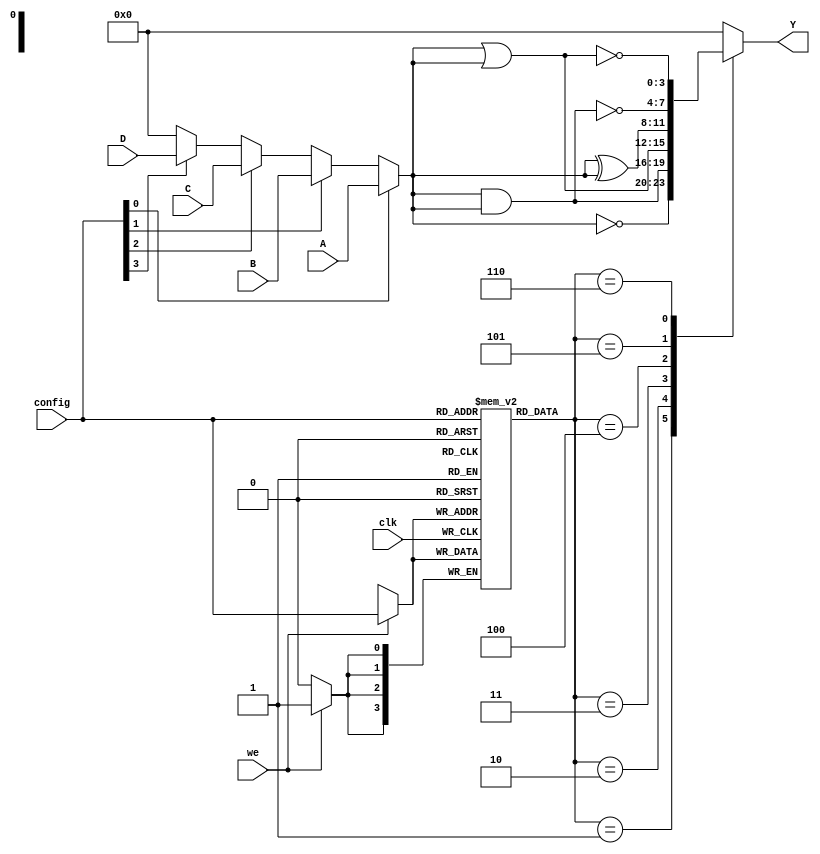
module CLB (
    input wire [3:0] A,        // 4-bit input
    input wire [3:0] B,        // 4-bit input
    input wire [3:0] C,        // 4-bit input
    input wire [3:0] D,        // 4-bit input
    input wire [3:0] config,   // Configuration bits for the logic function
    input wire clk,            // Clock for configuration
    input wire we,             // Write enable for configuration
    output reg [3:0] Y         // 4-bit output
);

// SRAM for configuration storage
reg [3:0] sram [0:15];       // 16 SRAM cells (for 4 inputs)

// MUX selection for inputs based on configuration
wire [3:0] mux_out;

// MUX implementation
assign mux_out = (config[0]) ? A :
                 (config[1]) ? B :
                 (config[2]) ? C :
                 (config[3]) ? D : 4'b0000; // Default case

// Logic function based on SRAM configuration
always @(*) begin
    case (sram[config[3:0]]) // Using the configuration bits as an address
        4'b0000: Y = 4'b0000; // Logic function: 0
        4'b0001: Y = ~mux_out; // Logic function: NOT
        4'b0010: Y = mux_out & mux_out; // Logic function: AND
        4'b0011: Y = mux_out | mux_out; // Logic function: OR
        4'b0100: Y = mux_out ^ mux_out; // Logic function: XOR
        4'b0101: Y = ~(mux_out & mux_out); // Logic function: NAND
        4'b0110: Y = ~(mux_out | mux_out); // Logic function: NOR
        default: Y = 4'b0000; // Default case
    endcase
end

// SRAM write operation
always @(posedge clk) begin
    if (we) begin
        sram[config[3:0]] <= config; // Write configuration to SRAM
    end
end

endmodule